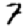
Digit: 7